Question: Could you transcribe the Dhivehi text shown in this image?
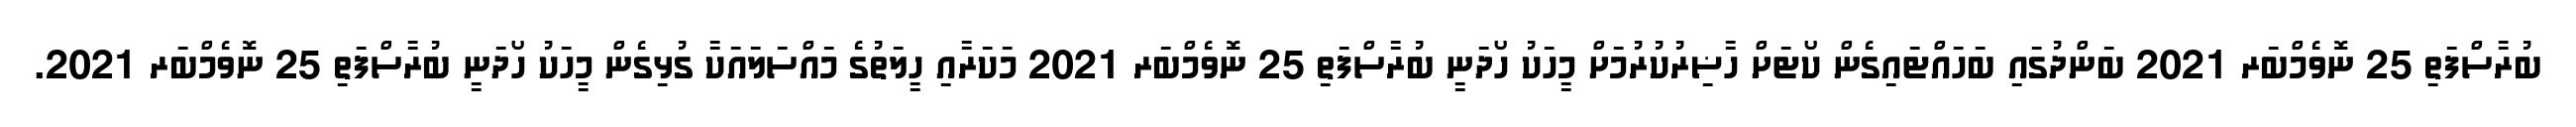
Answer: ބުރާސްފަތި 25 ނޮވެމްބަރ 2021 ބަންދުގައި ބަހައްޓައިގެން ކޯޓަށް ހާޟިރުކުރުމަށް މީހަކު ހޯދަނީ ބުރާސްފަތި 25 ނޮވެމްބަރ 2021 މަކަރާއި ހީލަތުގެ މައްސަލައަކާ ގުޅިގެން މީހަކު ހޯދަނީ ބުރާސްފަތި 25 ނޮވެމްބަރ 2021.